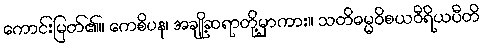
ကောင်းမြတ်၏။ ကေစိပန၊ အချို့ဆရာတို့မှာကား။ သတိဓမ္မဝိစယဝီရိယပီတိ